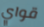
قواي